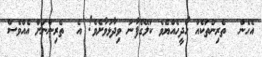
އެހެން  ތެރިންތަކެއް ހޯދީހެއްޔެވެ ކަލޭގެފާނު ވިދާޅުވާށެވެ! އެ  ތެރިންނަށް އެއްވެސް